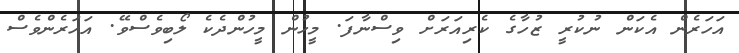
އަހަރެން އެކަން ނުކުރީ ޒުހާގެ ކެރިއަރަށް ވިސްނާފަ. މީހުން މީހުންދެކެ ލޯބިވެސްވޭ. އަހަރެންވެސް